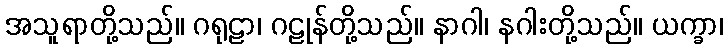
အသူရာတို့သည်။ ဂရုဠာ၊ ဂဠုန်တို့သည်။ နာဂါ၊ နဂါးတို့သည်။ ယက္ခာ၊